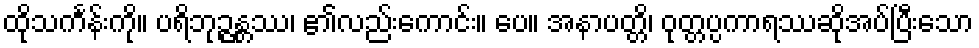
ထိုသင်္ကန်းကို။ ပရိဘုဉ္ဇန္တဿ၊ ၏လည်းကောင်း။ ပေ။ အနာပတ္တိ၊ ဝုတ္တပ္ပကာရဿဆိုအပ်ပြီးသော